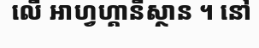
លើ អាហ្វហ្គានីស្ថាន ។ នៅ